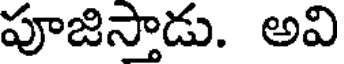
పూజిస్తాడు. అవి